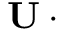
\mathbf { U } \cdot \mathbf { \partial }